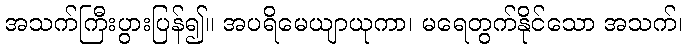
အသက်ကြီးပွားပြန်၍။ အပရိမေယျာယုကာ၊ မရေတွက်နိုင်သော အသက်၊